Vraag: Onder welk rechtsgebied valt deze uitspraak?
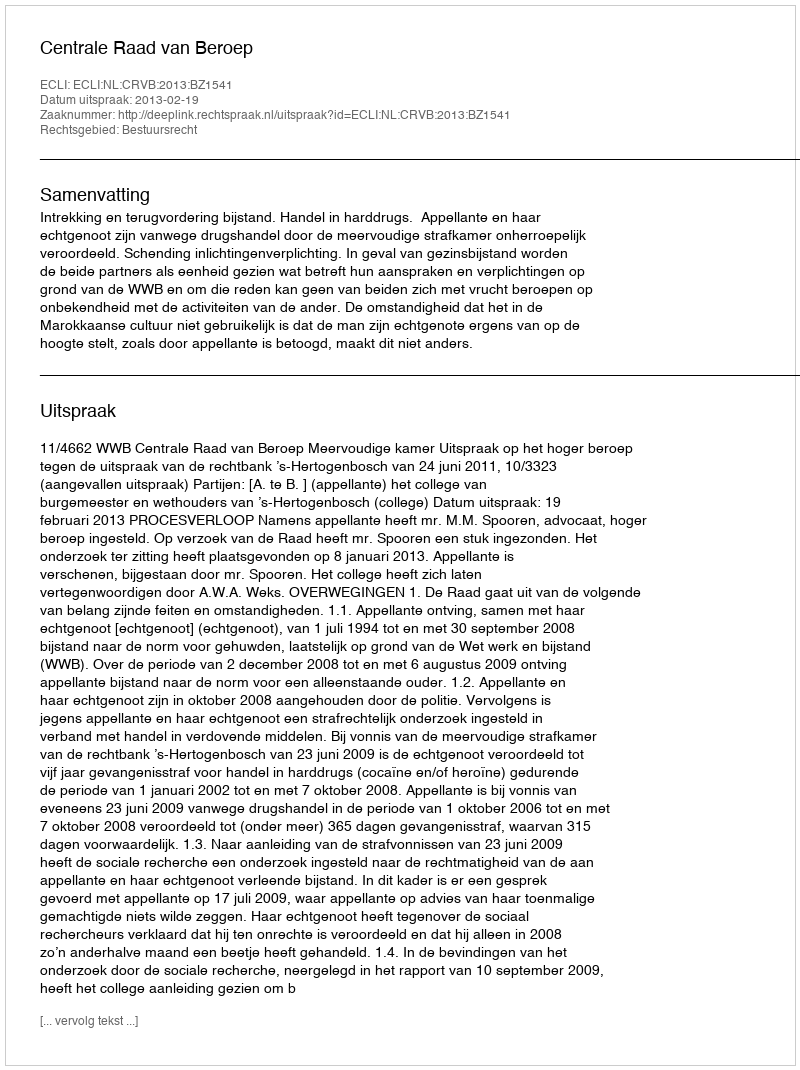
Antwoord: Bestuursrecht